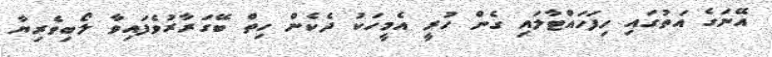
އޭނަގެ އަތުގައި ހިފަހައްޓާލައި ގެން ހުރީ އެމީހަކު ދެކެން ހިތް ބޭގަރާރުވެފައިވާ ލޯބިވެރިޔާ